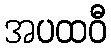
အပထဝီ